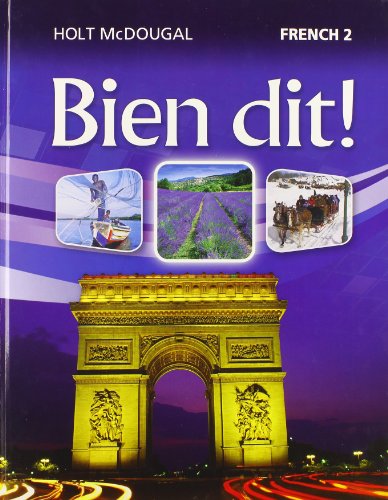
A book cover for Bien dit!: Student Edition Level 2 2013 (French Edition); HOLT MCDOUGAL; Teen & Young Adult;